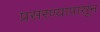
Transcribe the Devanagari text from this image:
प्रसरण्यापासून